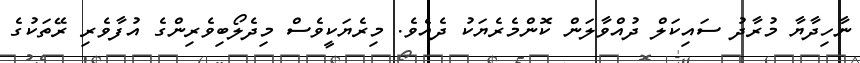
ނާހިދާޔާ މުރާދު ސައިކަލް ދުއްވާލަން ކޮންމެރެޔަކު ދެއެވެ. މިރެޔަކީވެސް މިދެލޯބިވެރިންގެ އުފާވެރި ރޭތަކުގެ